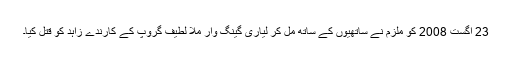
23 اگست 2008 کو ملزم نے ساتھیوں کے ساتھ مل کر لیاری گینگ وار مُلا لطیف گروپ کے کارندے زاہد کو قتل کیا۔